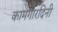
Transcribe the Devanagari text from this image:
कामगारदिनी